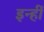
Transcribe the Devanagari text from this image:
इन्हीँ